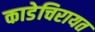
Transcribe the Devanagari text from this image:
काडेचिरायत